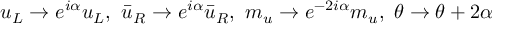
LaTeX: u _ { L } \rightarrow e ^ { i \alpha } u _ { L } , \ \bar { u } _ { R } \rightarrow e ^ { i \alpha } \bar { u } _ { R } , \ m _ { u } \rightarrow e ^ { - 2 i \alpha } m _ { u } , \ \theta \rightarrow \theta + 2 \alpha